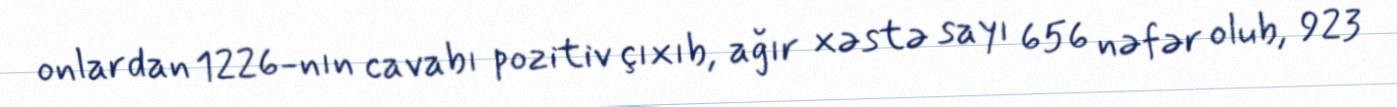
onlardan 1226-nın cavabı pozitiv çıxıb, ağır xəstə sayı 656 nəfər olub, 923